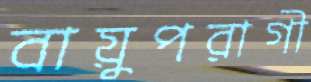
বায়ুপরাগী